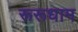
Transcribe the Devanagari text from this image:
रूरूधाम